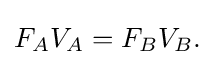
F_{A}V_{A}=F_{B}V_{B}.\!